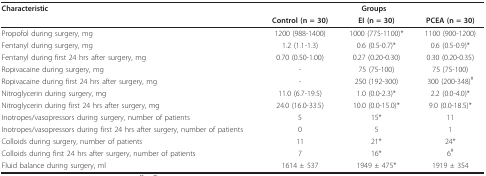
| Characteristic | <COLSPAN=3> Groups |
 |  | Control (n = 30) | EI (n = 30) | PCEA (n = 30) |
 | --- | --- | --- | --- |
 | Propofol during surgery, mg | 1200 (988-1400) | 1000 (775-1100)* | 1100 (900-1200) |
 | Fentanyl during surgery, mg | 1.2 (1.1-1.3) | 0.6 (0.5-0.7)* | 0.6 (0.5-0.9)* |
 | Fentanyl during first 24 hrs after surgery, mg | 0.70 (0.50-1.00) | 0.27 (0.20-0.30) | 0.30 (0.20-0.35) |
 | Ropivacaine during surgery, mg | - | 75 (75-100) | 75 (75-100) |
 | Ropivacaine during first 24 hrs after surgery, mg | - | 250 (192-300) | 300 (200-348)# |
 | Nitroglycerin during surgery, mg | 11.0 (6.7-19.5) | 1.0 (0.0-2.3)* | 2.2 (0.0-4.0)* |
 | Nitroglycerin during first 24 hrs after surgery, mg | 24.0 (16.0-33.5) | 10.0 (0.0-15.0)* | 9.0 (0.0-18.5)* |
 | Inotropes/vasopressors during surgery, number of patients | 5 | 15* | 11 |
 | Inotropes/vasopressors during first 24 hrs after surgery, number of patients | 0 | 5 | 1 |
 | Colloids during surgery, number of patients | 11 | 21* | 24* |
 | Colloids during first 24 hrs after surgery, number of patients | 7 | 16* | 6# |
 | Fluid balance during surgery, ml | 1614 ± 537 | 1949 ± 475* | 1919 ± 354 |